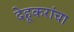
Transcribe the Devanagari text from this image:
देहूकरांचा